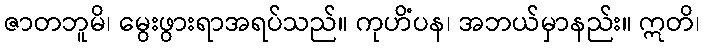
ဇာတဘူမိ၊ မွေးဖွားရာအရပ်သည်။ ကုဟိံပန၊ အဘယ်မှာနည်း။ ဣတိ၊